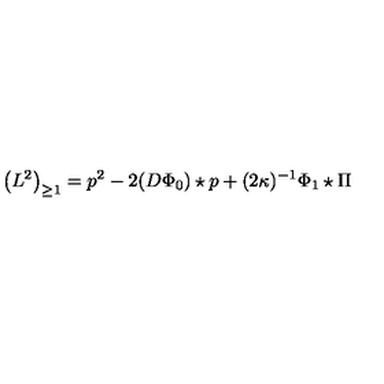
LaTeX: \left( L ^ { 2 } \right) _ { \geq 1 } = p ^ { 2 } - 2 ( D \Phi _ { 0 } ) \star p + ( 2 \kappa ) ^ { - 1 } \Phi _ { 1 } \star \Pi